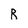
Character: R